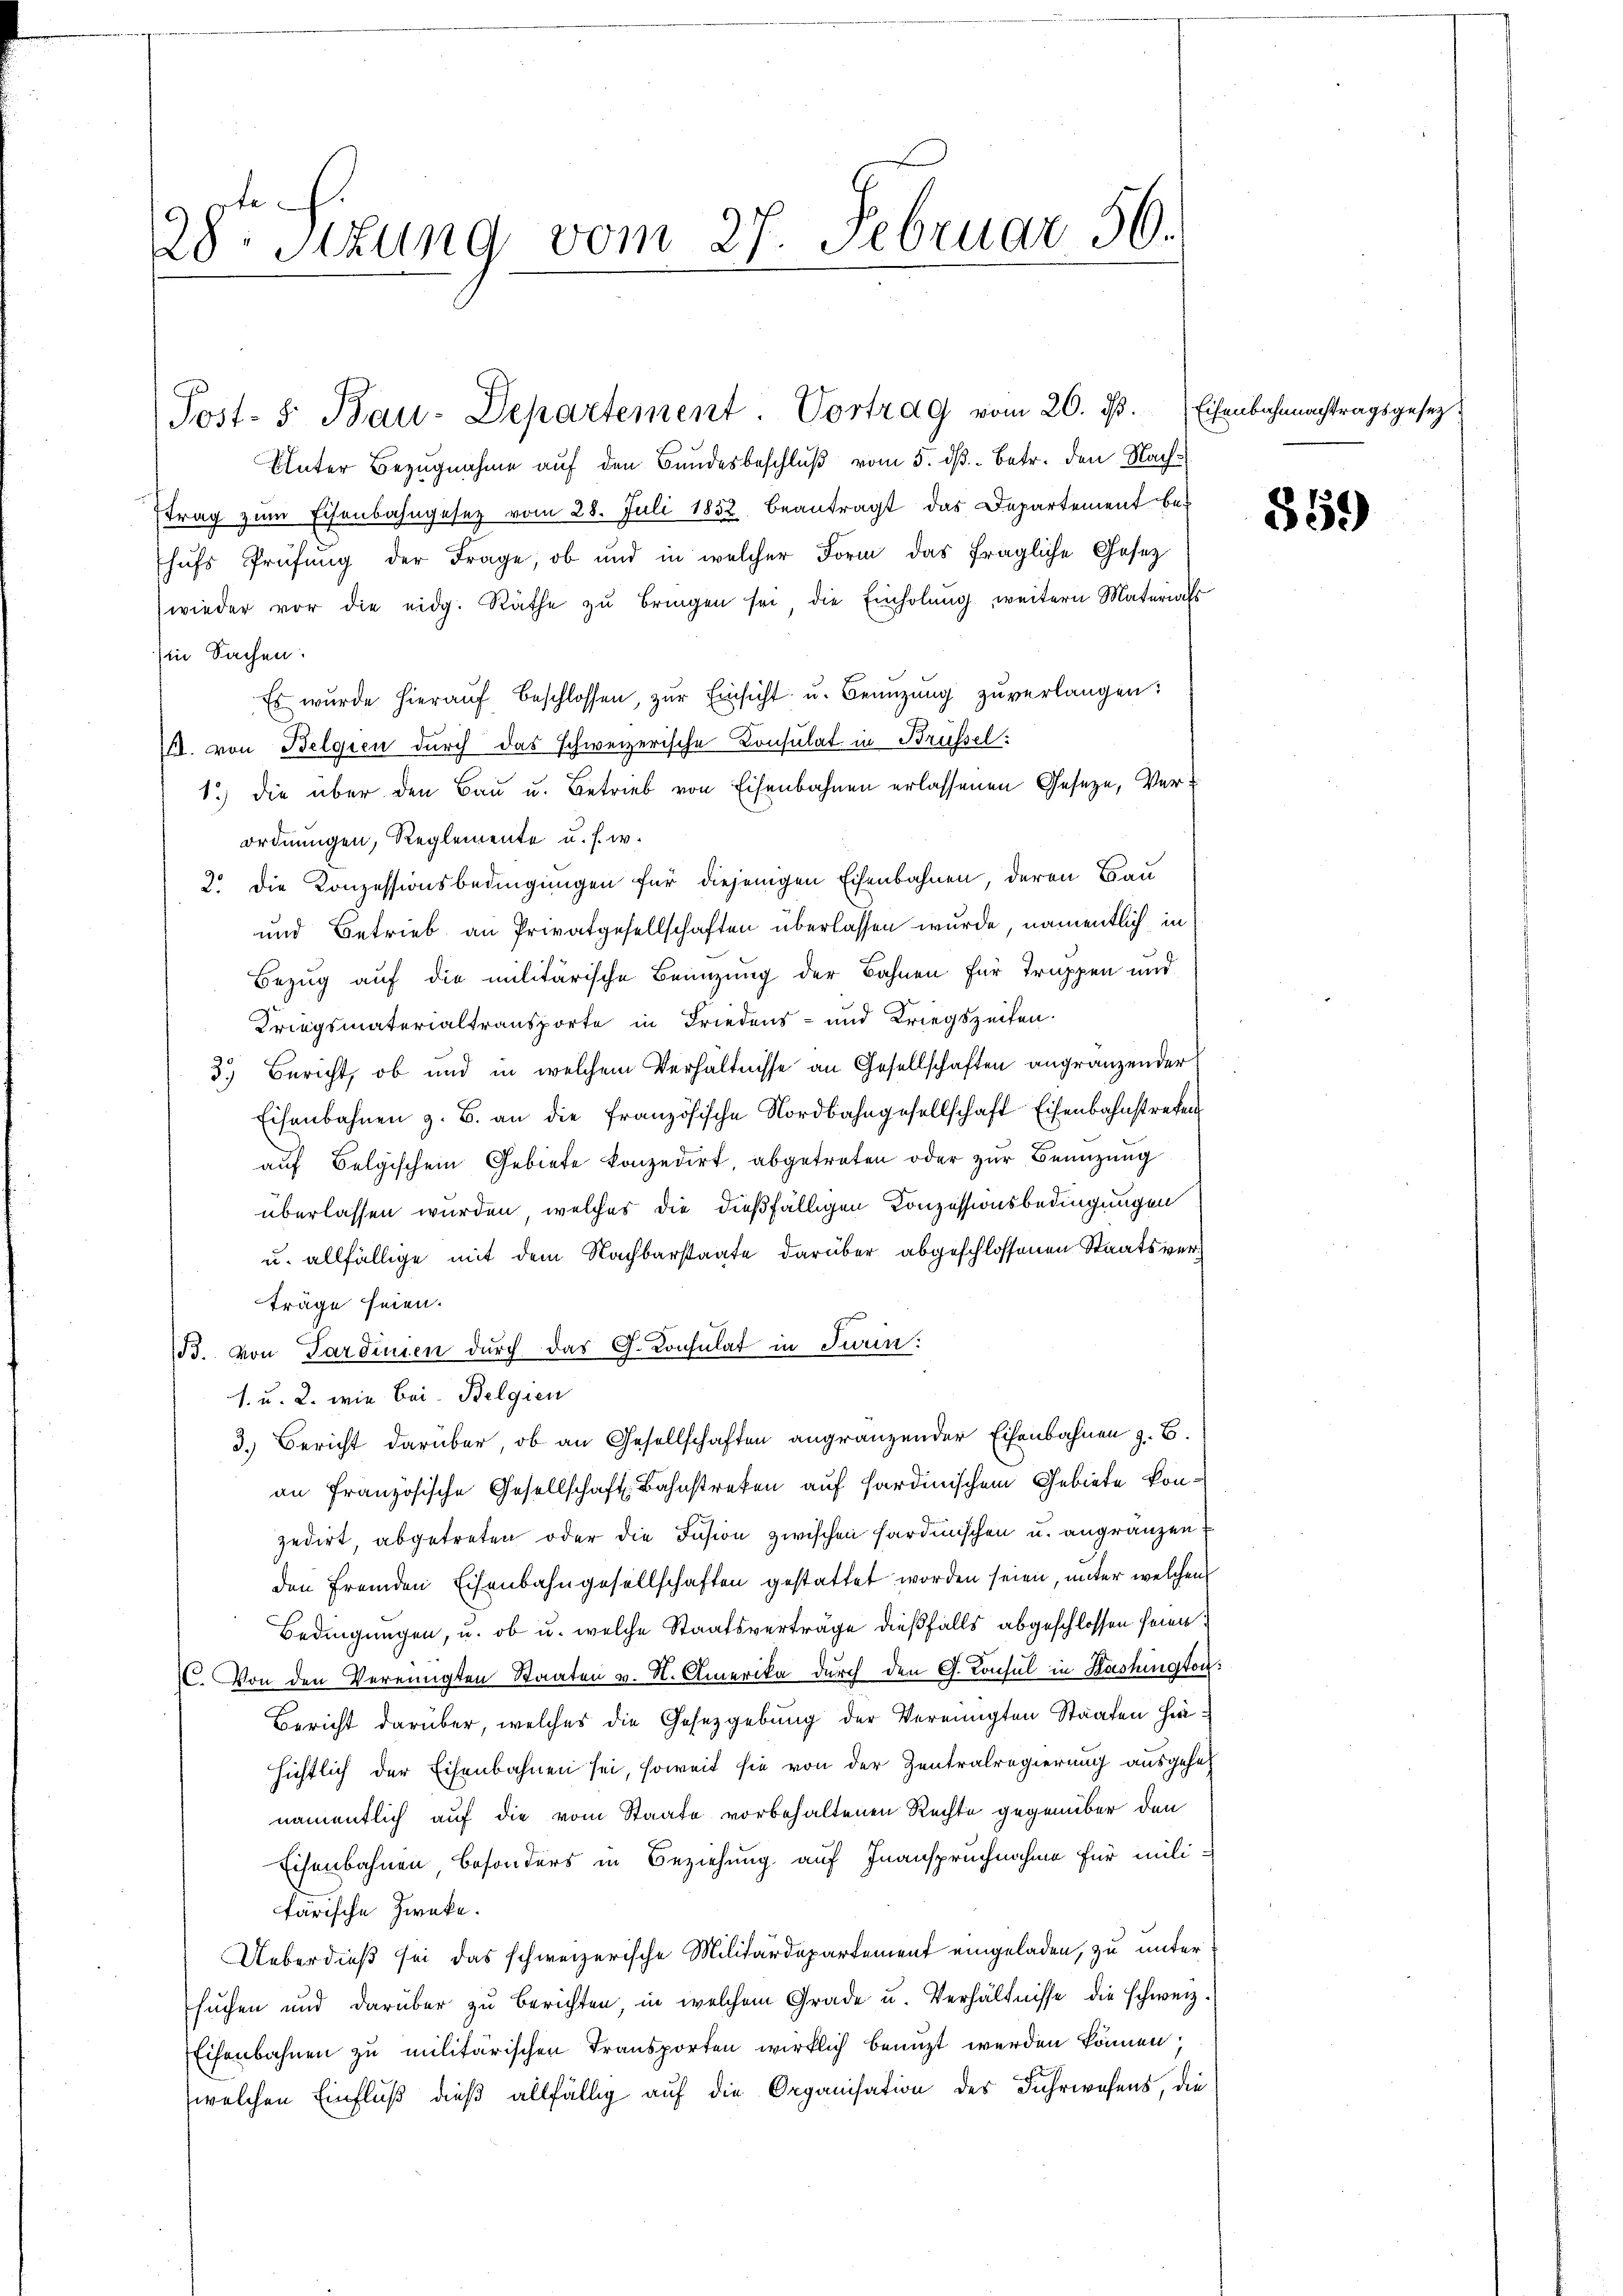
28. Situng vom 27. Februar 56.

Post- 5. Bau-Departement. Vortrag vom 26. ds.

Unter Bezugnahme auf den Bundesbeschluß vom 5. ds. - Betr. den Nachtrag zum Eisenbahngesetz vom 28. Juli 1852 beantragt das Departement behufs Prüfung der Frage, ob und in welcher Form das fragliche Gesez
wieder vor die eidg. Räthe zŭ bringen sei die Einholŭng, weitern Materials
in Sachen:
Es wurde hieraŭf beschlossen, zŭr Einsicht u. Benuzung zuverlangen:
A. von Belgien durch das schweizerische Consulat in Brüssel
1.) die über den Bau u. Betrieb von Eisenbahnen erlassenen Geseze, Verordnungen, Reglemente u. s. w.
2. Die Konzessionsbedingungen für diejenigen Eisenbahnen, deren Bau
und Betrieb an Privatgesellschaften überlassen wurde, namentlich, in
Bezug auf die militärische Benuzung der Bahnen für Truppen und
Kriegsmaterialtransporte in Friedens- und Kriegszeiten.
3.) Bericht, ob und in welchem Verhältnisse an Gesellschaften angränzender
Eisenbahnen z. B. an die französische Nordbahngesellschaft Eisenbahnstreken
auf Belgischem Gebiete konzedirt, abgetreten oder zur Benuzung
überlassen wurden, welches die dießfälligen Konzessionsbedingungen
u. allfällige mit dem Nachbarstaate darüber abgeschlossenen Staatsverträge seien.
B. von Sardinien durch das G. Consulat in Turin:
1. u. 2. wie bei - Belgien
3.) Bericht darüber, ob an Gesellschaften angränzender Eisenbahnen z. B.
an französische Gesellschaft Bahnstreten auf Hardinischem Gebiete konzedirt, abgetreten oder die Fusion zwischen Sardinischen u. angränzen
den fremden Eisenbahngesellschaften gestattet worden seien, unter welchen
Bedingungen, u. ob u. welche Staatsverträge dießfalls abgeschlossen seien
C. Von den Vereinigten Staaten v. N. Amerika durch den G. Konsul in Washington
Bericht darüber, welches die Gesetzgebung der Vereinigten Staaten hie
sichtlich der Eisenbahnen sei, soweit sie von der Zentralregierung ausgehe
namentlich auf die vom Staate vorbehaltenen Rechte gegenüber den
Eisenbahnen besonders in Beziehung auf Inanspruchnahme für milifärische Zwecke.
Ueberdieß sei das schweizerische Militärdepartement eingeladen, zu unter
suchen und darüber zu berichten in welchem Grade u. Verhältnisse die schweiz.
Eisenbahnen zu militärischen Transporten wirklich benuzt werden können,
welchen Einfluß dieß allfällig auf die Organisation des Fuhrwesens, die

Eisenbahnnachtragsgesetz.

859